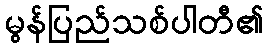
မွန်ပြည်သစ်ပါတီ၏